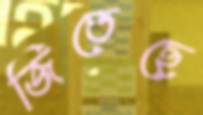
জিতেছে